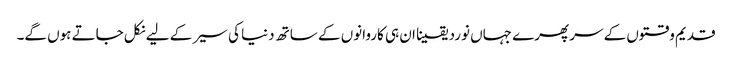
قدیم وقتوں کے سر پھرے جہاں نورد یقینا ان ہی کاروانوں کے ساتھ دنیا کی سیر کے لیے نکل جاتے ہوں گے۔